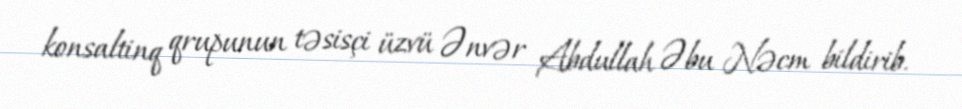
konsaltinq qrupunun təsisçi üzvü Ənvər Abdullah Əbu Nəcm bildirib.